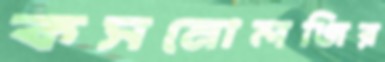
কসমোলজির